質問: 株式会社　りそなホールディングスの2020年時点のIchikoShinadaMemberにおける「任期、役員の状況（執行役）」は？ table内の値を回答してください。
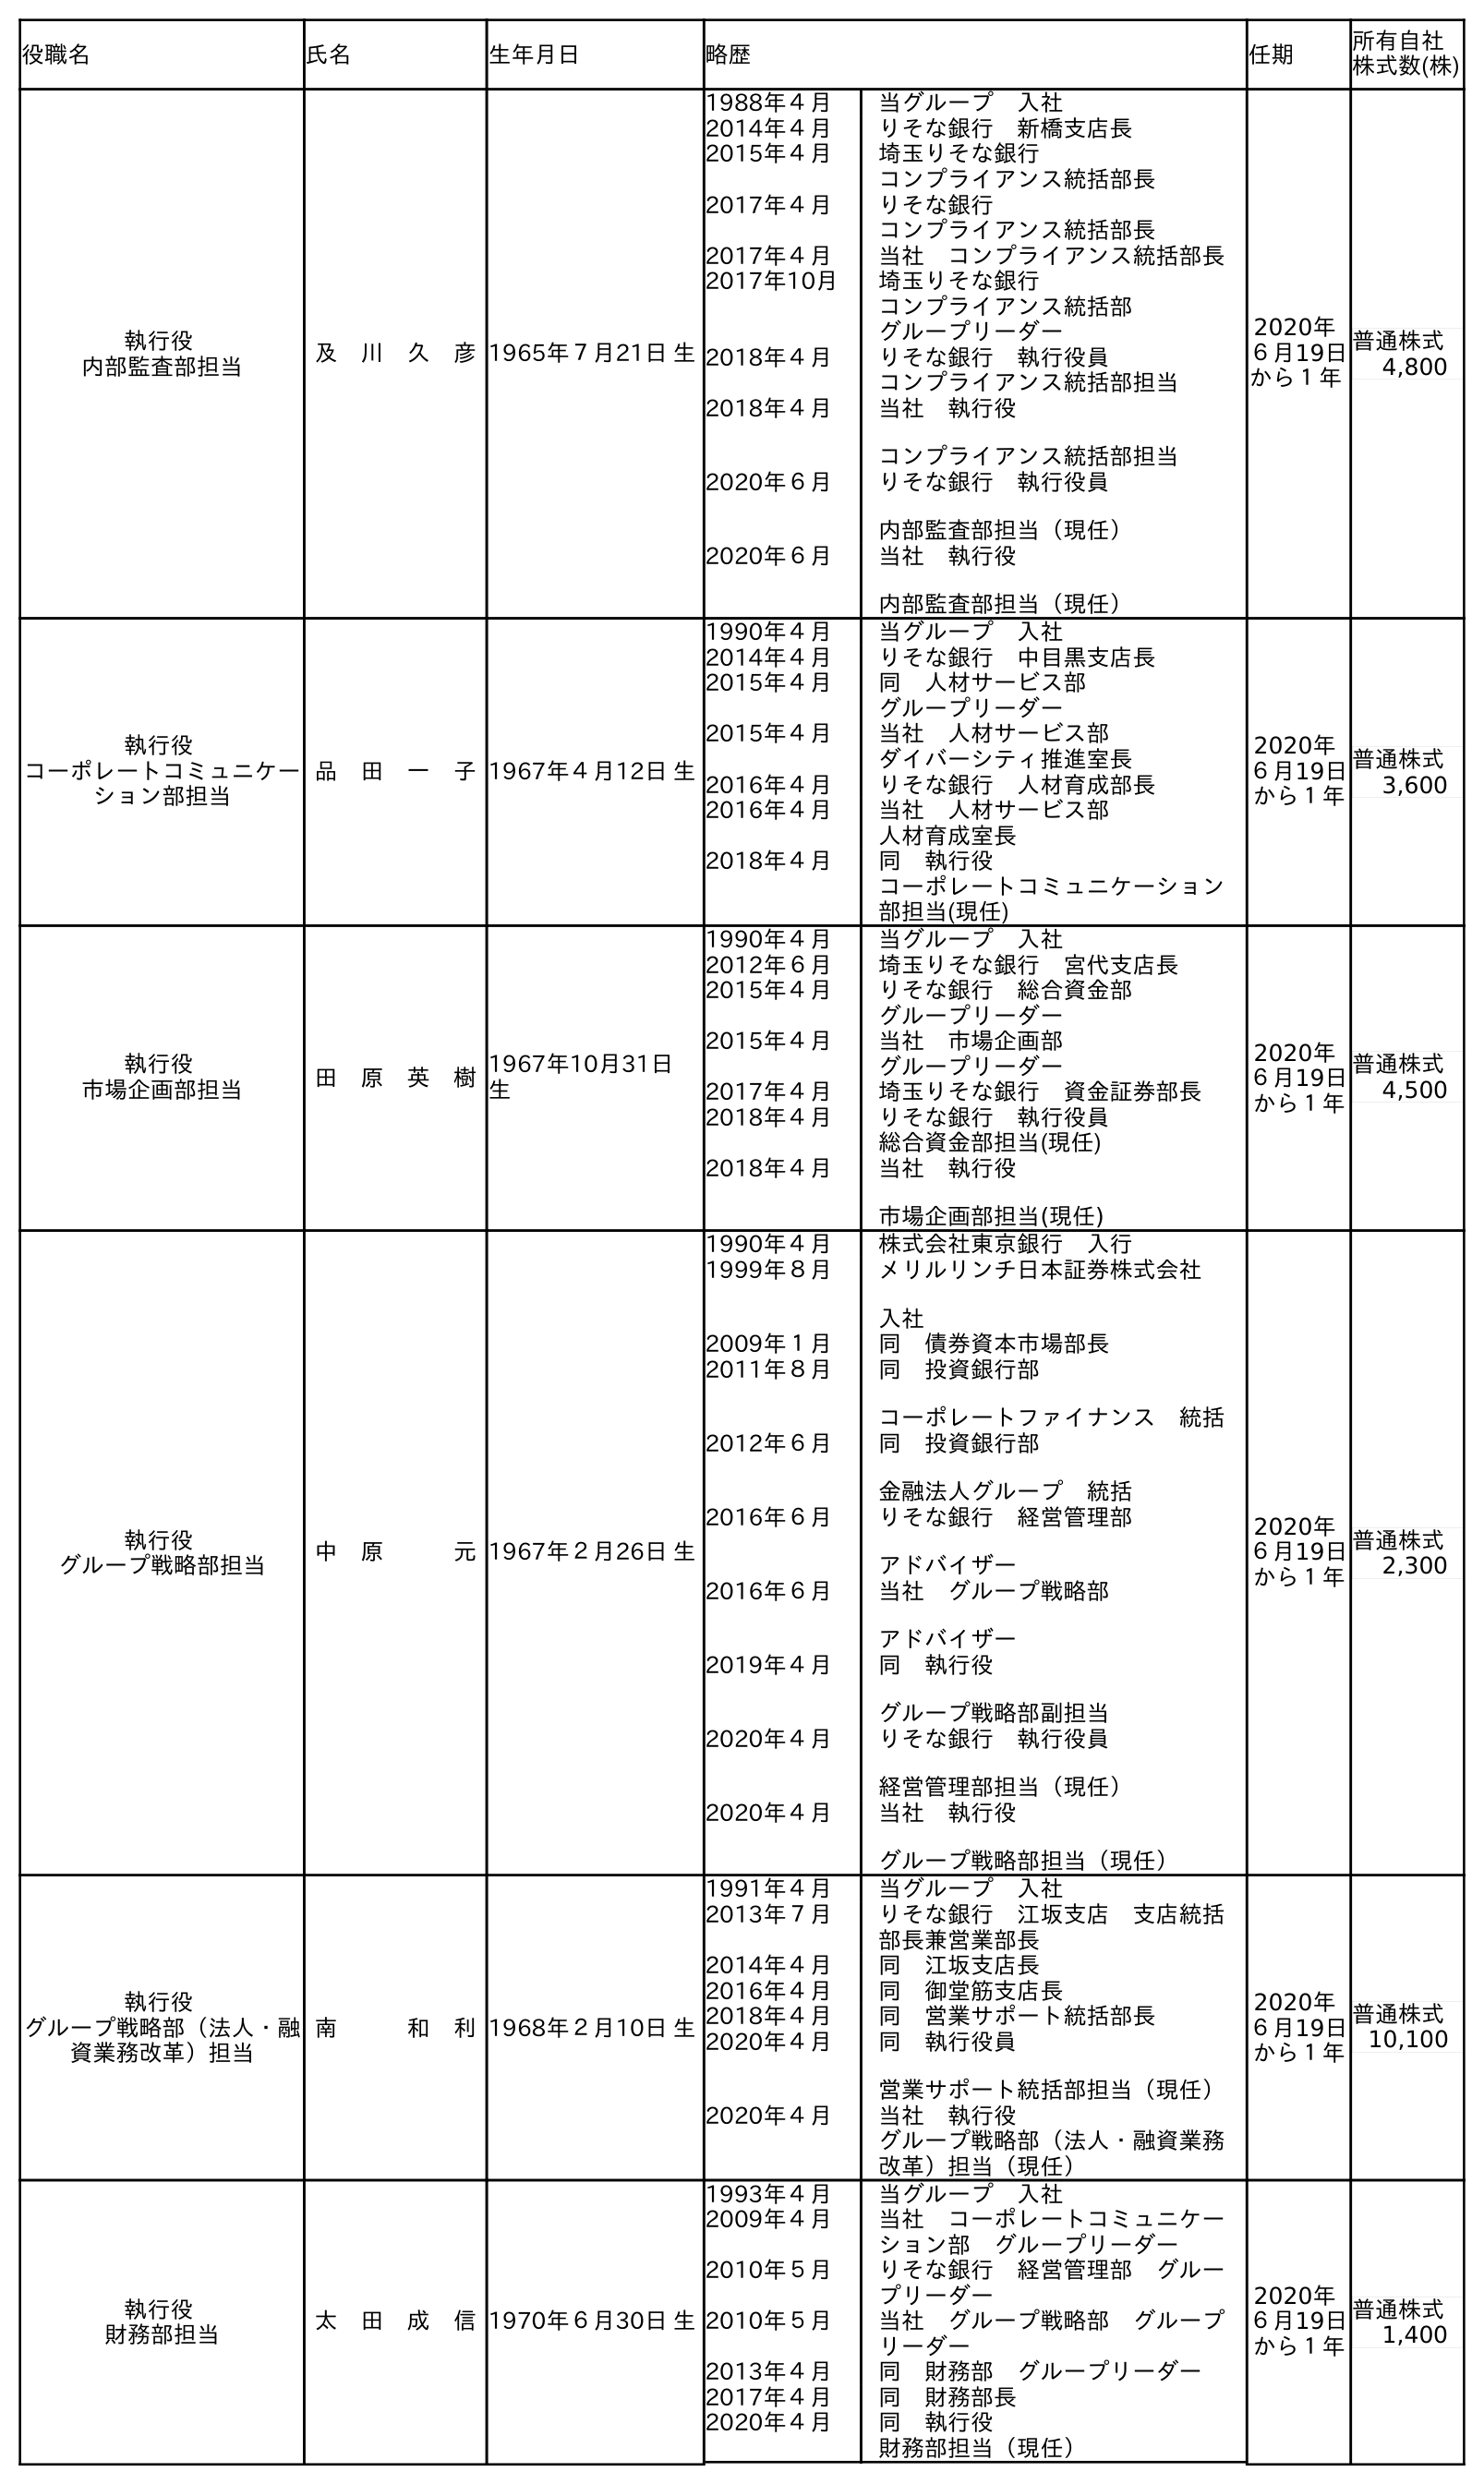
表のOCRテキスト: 役職名 氏名 生年月日 略歴 任期 所有自社 株式数(株) 執行役 内部監査部担当 及 川 久 彦1965年７月21日 生 1988年４月 当グループ 入社 2014年４月 りそな銀行 新橋支店長 2015年４月 埼玉りそな銀行 コンプライアンス統括部長 2017年４月 りそな銀行 コンプライアンス統括部長 2017年４月 当社 コンプライアンス統括部長 2017年10月 埼玉りそな銀行 コンプライアンス統括部 グループリーダー 2018年４月 りそな銀行 執行役員 コンプライアンス統括部担当 2018年４月 当社 執行役 コンプライアンス統括部担当 2020年６月 りそな銀行 執行役員 内部監査部担当（現任） 2020年６月 当社 執行役 内部監査部担当（現任） 2020年 ６月19日 から１年 普通株式 4,800 執行役 コーポレートコミュニケー ション部担当 品 田 一 子1967年４月12日 生 1990年４月 当グループ 入社 2014年４月 りそな銀行 中目黑支店長 2015年４月 同 人材サービス部 グループリーダー 2015年４月 当社 人材サービス部 ダイバーシティ推進室長 2016年４月 りそな銀行 人材育成部長 2016年４月 当社 人材サービス部 人材育成室長 2018年４月 同 執行役 コーポレートコミュニケーション 部担当(現任) 2020年 ６月19日 から１年 普通株式 3,600 執行役 市場企画部担当 田 原 英 樹1967年10月31日 生 1990年４月 当グループ 入社 2012年６月 埼玉りそな銀行 宮代支店長 2015年４月 りそな銀行 総合資金部 グループリーダー 2015年４月 当社 市場企画部 グループリーダー 2017年４月 埼玉りそな銀行 資金証券部長 2018年４月 りそな銀行 執行役員 総合資金部担当(現任) 2018年４月 当社 執行役 市場企画部担当(現任) 2020年 ６月19日 から１年 普通株式 4,500 執行役 グループ戦略部担当 中 原   元1967年２月26日 生 1990年４月 株式会社東京銀行 入行 1999年８月 メリルリンチ日本証券株式会社 入社 2009年１月 同 債券資本市場部長 2011年８月 同 投資銀行部 コーポレートファイナンス 統括 2012年６月 同 投資銀行部 金融法人グループ 統括 2016年６月 りそな銀行 経営管理部 アドバイザー 2016年６月 当社 グループ戦略部 アドバイザー 2019年４月 同 執行役 グループ戦略部副担当 2020年４月 りそな銀行 執行役員 経営管理部担当（現任） 2020年４月 当社 執行役 グループ戦略部担当（現任） 2020年 ６月19日 から１年 普通株式 2,300 執行役 グループ戦略部（法人・融 資業務改革）担当 南   和 利1968年２月10日 生 1991年４月 当グループ 入社 2013年７月 りそな銀行 江坂支店 支店統括 部長兼営業部長 2014年４月 同 江坂支店長 2016年４月 同 御堂筋支店長 2018年４月 同 営業サポート統括部長 2020年４月 同 執行役員 営業サポート統括部担当（現任） 2020年４月 当社 執行役 グループ戦略部（法人・融資業務 改革）担当（現任） 2020年 ６月19日 から１年 普通株式 10,100 執行役 財務部担当 太 田 成 信1970年６月30日 生 1993年４月 当グループ 入社 2009年４月 当社 コーポレートコミュニケー ション部 グループリーダー 2010年５月 りそな銀行 経営管理部 グルー プリーダー 2010年５月 当社 グループ戦略部 グループ リーダー 2013年４月 同 財務部 グループリーダー 2017年４月 同 財務部長 2020年４月 同 執行役 財務部担当（現任） 2020年 ６月19日 から１年 普通株式 1,400
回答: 2020年６月19日から１年